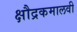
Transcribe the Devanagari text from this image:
क्षौद्रकमालवी